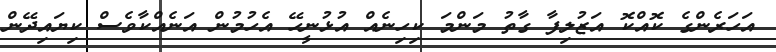
އަހަރެންގެ ކޮއްކޮ އަޒުލިފާ ގާތު މަންމަ ކިހިނެއް އުޅުނީހޭ އެހުމުން އަނެއްކާވެސް ކިޔައިދޭން